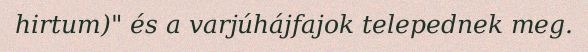
hirtum)" és a varjúhájfajok telepednek meg.